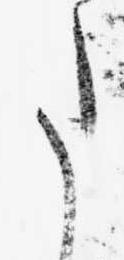
た